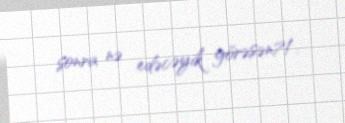
sonra nə edəcəyik görəsən?!.